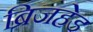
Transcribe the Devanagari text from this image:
ब्रिजहेड